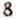
8